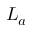
L _ { a }